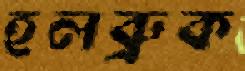
হলব্রুক